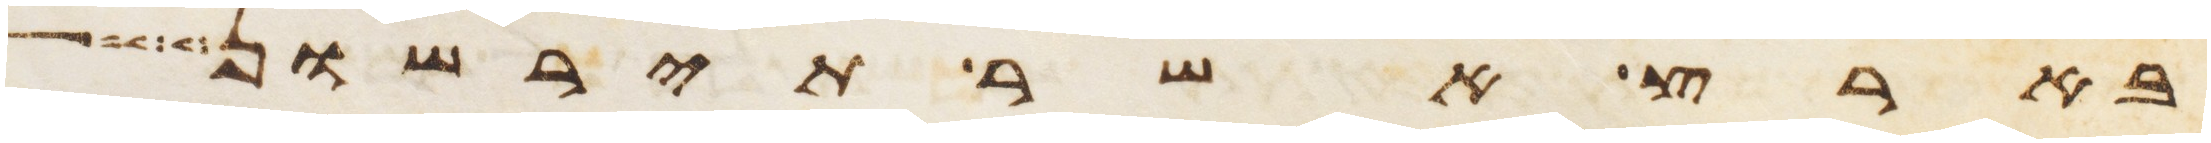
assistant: בארץ אשר תירשון